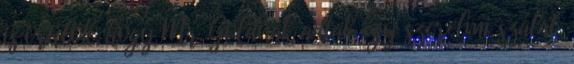
is örülök, hogy Mr. Goldnak adtak egy szerelmi szálat,